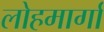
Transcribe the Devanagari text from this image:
लोहमार्गां